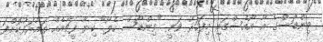
ވިންޑޯސްގެ އާ އޯއެސްގައި މިފަހަރު ވަނީ "ވިންޑޯސް ހެލޯ" ކިޔާ ފީޗާއެއް ތައާރަފުކޮށްފަ